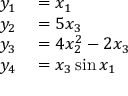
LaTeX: \begin{array} { r l } { y _ { 1 } } & { { } = x _ { 1 } } \\ { y _ { 2 } } & { { } = 5 x _ { 3 } } \\ { y _ { 3 } } & { { } = 4 x _ { 2 } ^ { 2 } - 2 x _ { 3 } } \\ { y _ { 4 } } & { { } = x _ { 3 } \sin x _ { 1 } } \end{array}